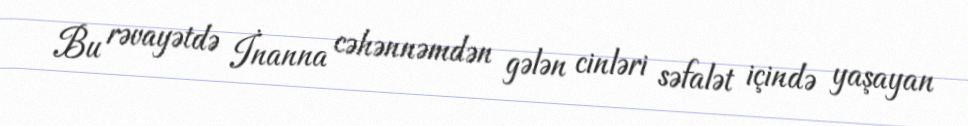
Bu rəvayətdə İnanna cəhənnəmdən gələn cinləri səfalət içində yaşayan